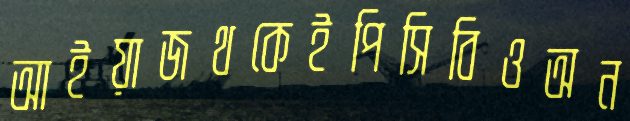
আইয়াজথকেইপিসিবিওঅন